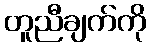
တူညီချက်ကို